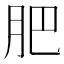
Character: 肥